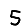
Digit: 5